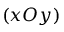
( x O y )